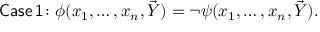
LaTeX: { \mathsf { C a s e \, 1 \! : } } \; \phi ( x _ { 1 } , \ldots , x _ { n } , { \vec { Y } } ) = \neg \psi ( x _ { 1 } , \ldots , x _ { n } , { \vec { Y } } ) .